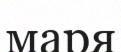
маря